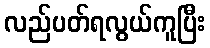
လည်ပတ်ရလွယ်ကူပြီး